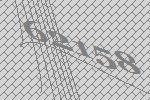
62158